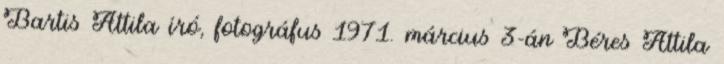
Bartis Attila író, fotográfus 1971. március 3-án Béres Attila